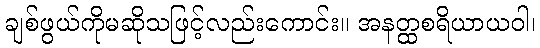
ချစ်ဖွယ်ကိုမဆိုသဖြင့်လည်းကောင်း။ အနတ္ထစရိယာယဝါ၊